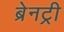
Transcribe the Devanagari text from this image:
ब्रेनट्री